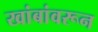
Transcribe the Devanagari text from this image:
खांबांवरून